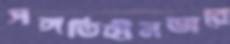
সঙ্গতিহীনভাবে